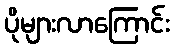
ပိုများလာကြောင်း